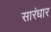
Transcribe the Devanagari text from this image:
सारंधार